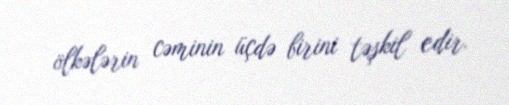
ölkələrin cəminin üçdə birini təşkil edir.